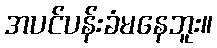
အပင်ပန်းခံမနေဘူး။